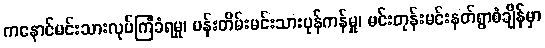
ကနောင်မင်းသားလုပ်ကြံခံရမှု၊ ပန်းတိမ်းမင်းသားပုန်ကန်မှု၊ မင်းတုန်းမင်းနတ်ရွာစံချိန်မှာ